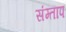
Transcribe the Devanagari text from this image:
संम्ताप